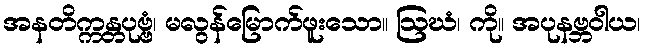
အနတိက္ကန္တပုဗ္ဗံ၊ မလွန်မြောက်ဖူးသော။ ဩဃံ၊ ကို။ အပုနဗ္ဘဝါယ၊